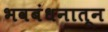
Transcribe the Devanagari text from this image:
भवबंधनातून